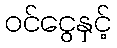
ဝင်ငွေနှင့်